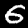
Label: 6